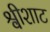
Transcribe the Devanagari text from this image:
श्वीशाट